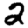
Digit: 2